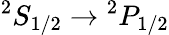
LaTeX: {}^{2}S_{1/2}\to{}^{2}P_{1/2}